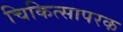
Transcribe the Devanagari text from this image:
चिकित्सापरक